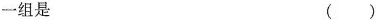
一组是 ( )